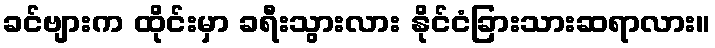
ခင်ဗျားက ထိုင်းမှာ ခရီးသွားလား နိုင်ငံခြားသားဆရာလား။